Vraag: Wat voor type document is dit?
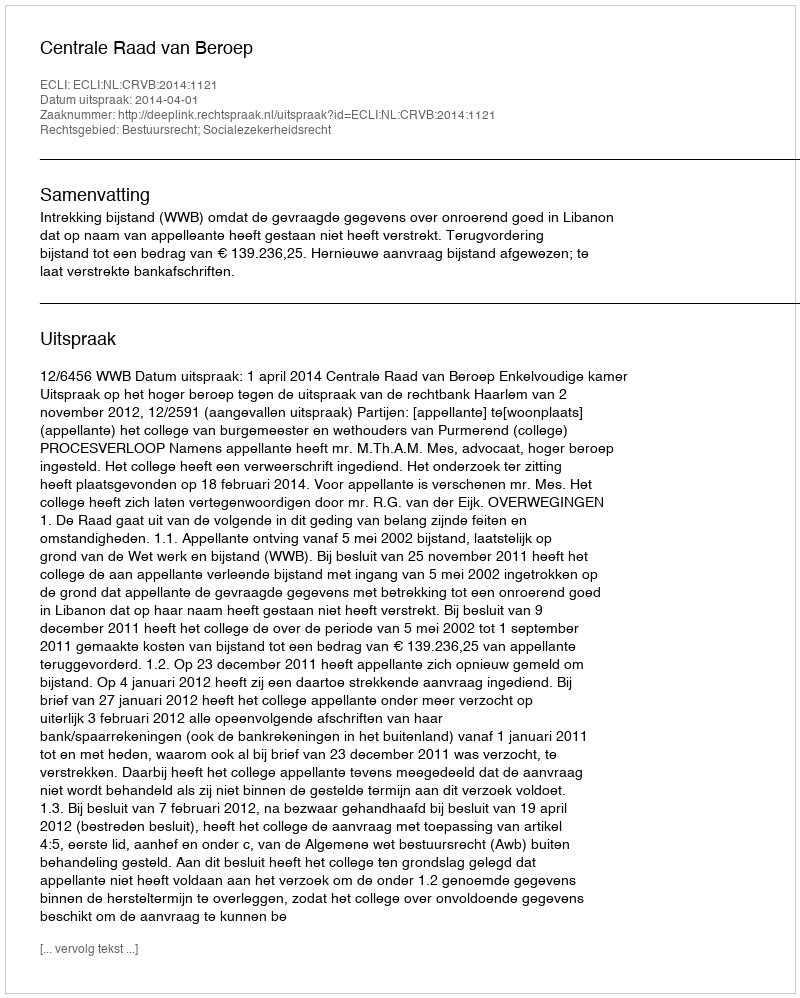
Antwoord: Uitspraak